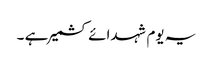
یہ یوم شہدائے کشمیر ہے ۔